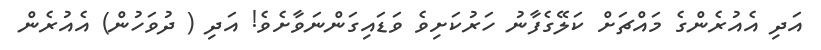
އަދި އެއުރެންގެ މައްޗަށް ކަލޭގެފާނު ހަރުކަށިވެ ވަޑައިގަންނަވާށެވެ! އަދި ( ދުވަހުން) އެއުރެން